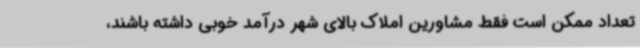
تعداد ممکن است فقط مشاورین املاک بالای شهر درآمد خوبی داشته باشند،